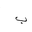
Letter: _ba